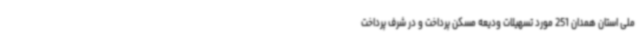
ملی استان همدان 251 مورد تسهیلات ودیعه مسکن پرداخت و در شرف پرداخت